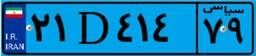
۱۲D۶۵۷۴۸